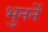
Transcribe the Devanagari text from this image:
भुननें